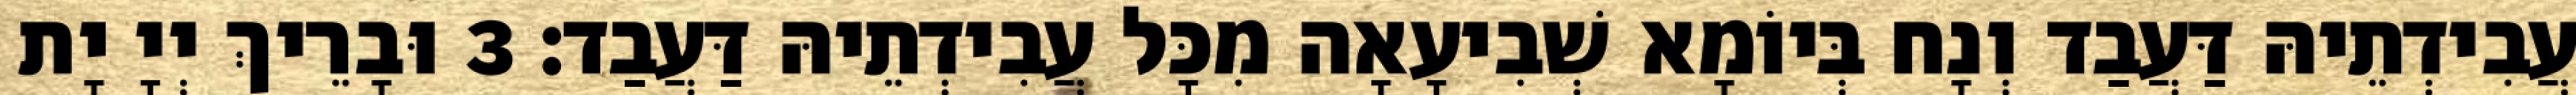
עֲבִידְתֵיהּ דַּעֲבַד וְנָח בְּיוֹמָא שְׁבִיעָאָה מִכָּל עֲבִידְתֵיהּ דַּעֲבַד׃ 3 וּבָרֵיךְ יְיָ יָת